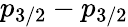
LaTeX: p_{3/2}-p_{3/2}